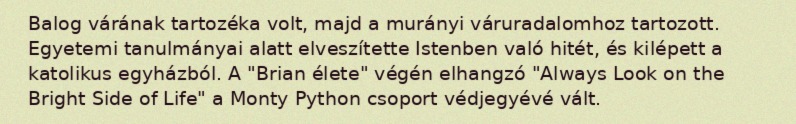
Balog várának tartozéka volt, majd a murányi váruradalomhoz tartozott. Egyetemi tanulmányai alatt elveszítette Istenben való hitét, és kilépett a katolikus egyházból. A "Brian élete" végén elhangzó "Always Look on the Bright Side of Life" a Monty Python csoport védjegyévé vált.